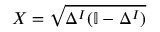
X = \sqrt { \Delta ^ { I } ( \mathbb { I } - \Delta ^ { I } ) }